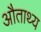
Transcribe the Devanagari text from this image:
औताथ्य